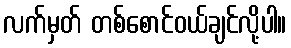
လက်မှတ် တစ်စောင်ဝယ်ချင်လို့ပါ။